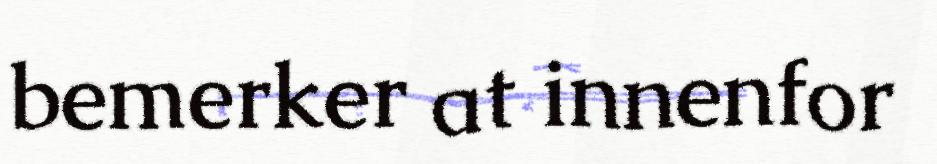
bemerker at innenfor